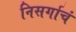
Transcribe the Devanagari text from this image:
निसर्गाचं